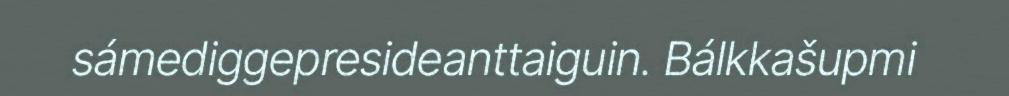
sámediggepresideanttaiguin. Bálkkašupmi